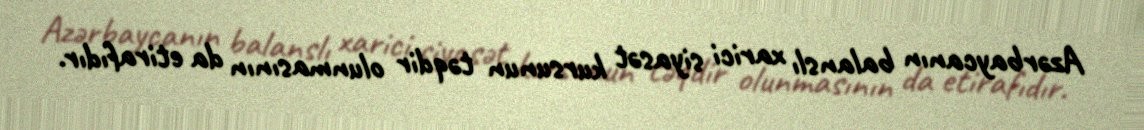
Azərbaycanın balanslı xarici siyasət kursunun təqdir olunmasının da etirafıdır.